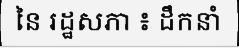
នៃ រដ្ឋសភា ៖ ដឹកនាំ